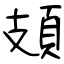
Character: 頍